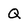
Character: Q